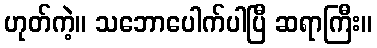
ဟုတ်ကဲ့။ သဘောပေါက်ပါပြီ ဆရာကြီး။